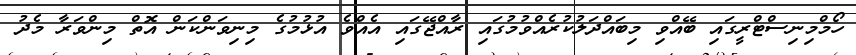
ހޯމްމިނިސްޓްރީގައި ބޭއްވި މިބައްދަލުކުރެއްވުމުގައި ރާއްޖޭގައި އެއްވެ އުޅުމުގެ މިނިވަންކަން އޮތް މިންވަރާ މެދު